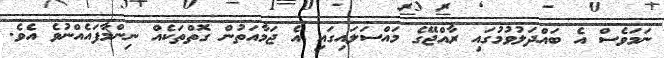
ނަމަވެސް އެ ބައްދަލުވުމުގައި ރާއްޖޭގެ މައްސަލައިގައި އެ ޖަމާއަތުން ގޮތްތަކެއް ނިންމާފައެއްނުވެ އެވެ.